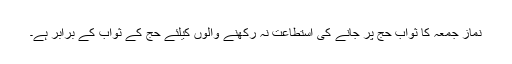
نماز جمعہ کا ثواب حج پر جانے کی استطاعت نہ رکھنے والوں کیلئے حج کے ثواب کے برابر ہے۔